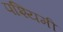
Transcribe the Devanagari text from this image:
पश्यिमी